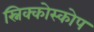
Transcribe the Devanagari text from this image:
स्निक्कोस्कोप